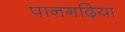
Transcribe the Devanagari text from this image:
पानगढ़िया